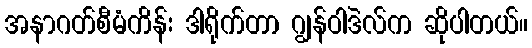
အနာဂတ်စီမံကိန်း ဒါရိုက်တာ ဂျွန်ဝါဒဲလ်က ဆိုပါတယ်။